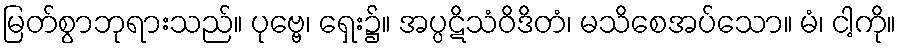
မြတ်စွာဘုရားသည်။ ပုဗ္ဗေ၊ ရှေး၌။ အပ္ပဋိသံဝိဒိတံ၊ မသိစေအပ်သော။ မံ၊ ငါ့ကို။